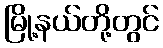
မြို့နယ်တို့တွင်